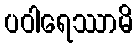
ပဝါရေဿာမိ